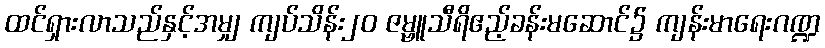
ထင်ရှားလာသည်နှင့်အမျှ ကျပ်သိန်း၂၀ ဇမ္ဗူသီရိဧည့်ခန်းမဆောင်၌ ကျန်းမာရေးဂဏ္ဍ